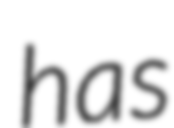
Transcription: has